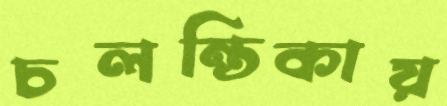
চলন্তিকায়